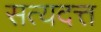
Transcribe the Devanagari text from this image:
सत्यदत्त